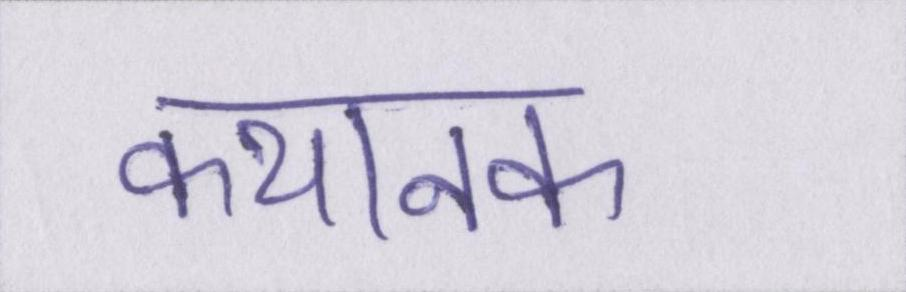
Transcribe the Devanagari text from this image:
कथानक